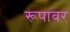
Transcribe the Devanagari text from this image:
रूपावर